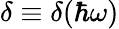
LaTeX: \delta\equiv\delta(\hbar\omega)